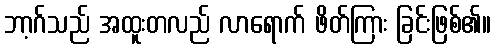
ဘာ့ဂ်သည် အထူးတလည် လာရောက် ဖိတ်ကြား ခြင်းဖြစ်၏။